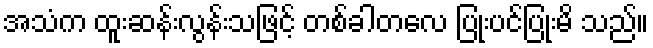
အသံက ထူးဆန်းလွန်းသဖြင့် တစ်ခါတလေ ပြုံးပင်ပြုံးမိ သည်။